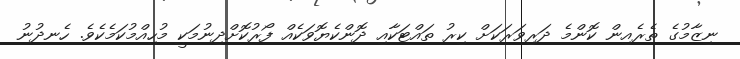
ނިޒާމުގެ ތެރެއިން ކޮންމެ ދަރިވަރަކަށް ކިރު ތައްޓަކާއި ދޮންކެޔޮވަކެއް ފޯރުކޮށްދިނުމަކީ މުހިއްމުކަމެކެވެ. ހެނދުނު